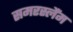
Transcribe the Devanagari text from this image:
समरस्लैंम